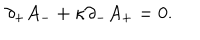
\partial _ { + } A _ { - } + \kappa \partial _ { - } A _ { + } = 0 .